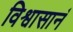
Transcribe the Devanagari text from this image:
विश्वासानं